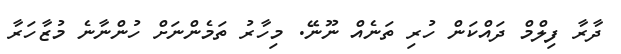
ދާރާ ފިލްމް ދައްކަން ހުރި ތަނެއް ނޫނޭ. މިހާރު ތަމެންނަށް ހުންނާނެ މުޒާހަރާ